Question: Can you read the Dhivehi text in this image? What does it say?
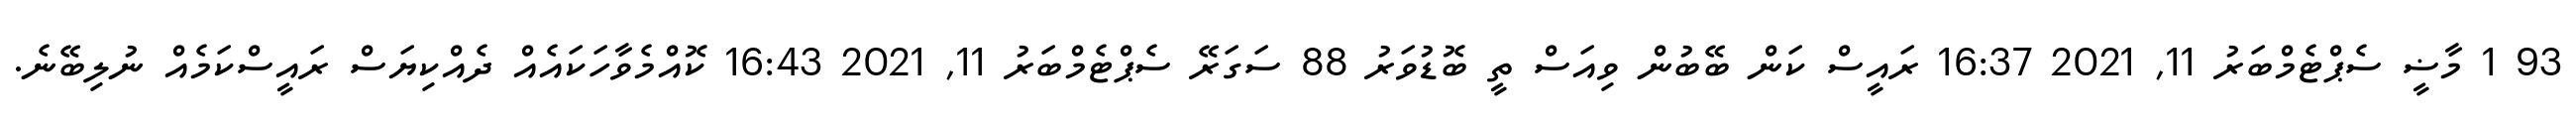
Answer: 93 1 މާޟީ ސެޕްޓެމްބަރު 11, 2021 16:37 ރައީސް ކަން ބޭބުން ވިއަސް ތީ ބޮޑުވަރު 88 ސަގަރޭ ސެޕްޓެމްބަރު 11, 2021 16:43 ކޮއްމެވާހަކައެއް ދެއްކިޔަސް ރައީސްކަމެއް ނުލިބޭނެ.